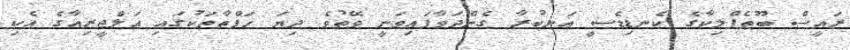
ރައީސް ބޫތެފްލިކާގެ ކެނޑިޑެެސީ އަނބުރާ ގެންދަވާފައިވަނީ ވޭތުވެ ދިޔަ ހަފްތާތަކުގައި އަލްޖީރިއާގެ އެކި